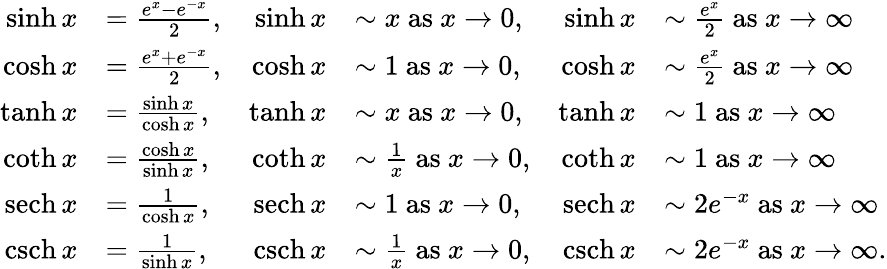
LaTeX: \begin{array}{rlrlrl}{\sinh x}&{=\frac{e^{x}-e^{-x}}{2},}&{\sinh x}&{\sim x\mathrm{~as~}x\rightarrow 0,}&{\sinh x}&{\sim\frac{e^{x}}{2}\mathrm{~as~}x\rightarrow\infty}\\ {\cosh x}&{=\frac{e^{x}+e^{-x}}{2},}&{\cosh x}&{\sim 1\mathrm{~as~}x\rightarrow 0,}&{\cosh x}&{\sim\frac{e^{x}}{2}\mathrm{~as~}x\rightarrow\infty}\\ {\operatorname{tanh}x}&{=\frac{\sinh x}{\cosh x},}&{\operatorname{tanh}x}&{\sim x\mathrm{~as~}x\rightarrow 0,}&{\operatorname{tanh}x}&{\sim 1\mathrm{~as~}x\rightarrow\infty}\\ {\coth x}&{=\frac{\cosh x}{\sinh x},}&{\coth x}&{\sim\frac{1}{x}\mathrm{~as~}x\rightarrow 0,}&{\coth x}&{\sim 1\mathrm{~as~}x\rightarrow\infty}\\ {\operatorname{sech}x}&{=\frac{1}{\cosh x},}&{\operatorname{sech}x}&{\sim 1\mathrm{~as~}x\rightarrow 0,}&{\operatorname{sech}x}&{\sim 2e^{-x}\mathrm{~as~}x\rightarrow\infty}\\ {\operatorname{csch}x}&{=\frac{1}{\sinh x},}&{\operatorname{csch}x}&{\sim\frac{1}{x}\mathrm{~as~}x\rightarrow 0,}&{\operatorname{csch}x}&{\sim 2e^{-x}\mathrm{~as~}x\rightarrow\infty.}\end{array}